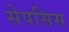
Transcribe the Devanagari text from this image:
सेपसिस